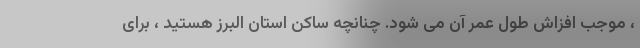
، موجب افزاش طول عمر آن می شود. چنانچه ساکن استان البرز هستید ، برای